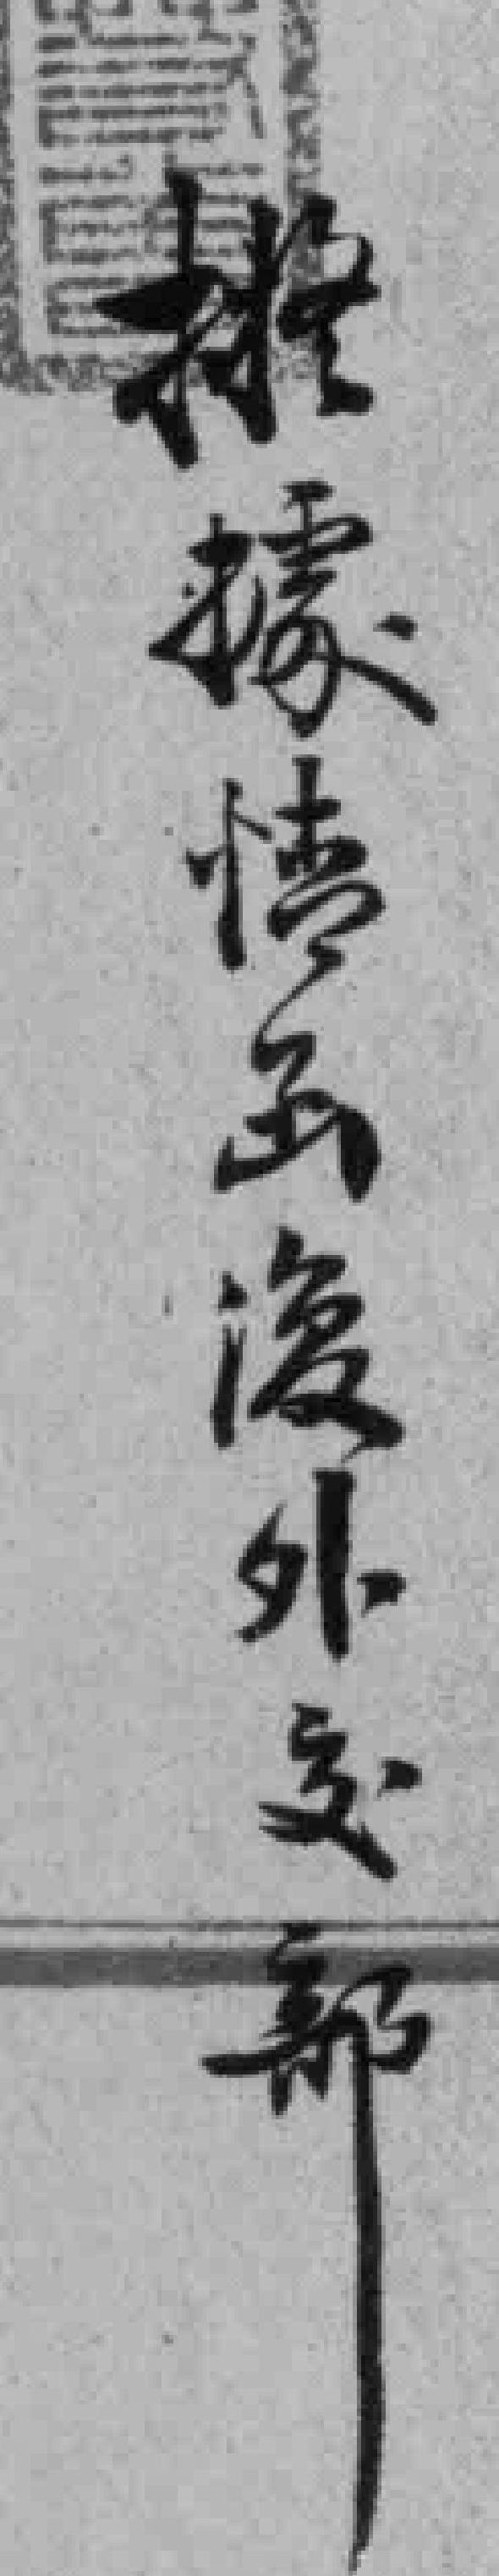
*據*函復外交部